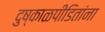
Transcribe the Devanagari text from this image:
दुष्काळपीडितांना